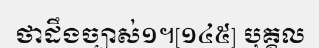
ថាដឹងច្បាស់១។[១៤៥] បុគ្គល